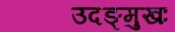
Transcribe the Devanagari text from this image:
उदङ्मुखः